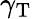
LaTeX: \gamma_{\mathrm{T}}